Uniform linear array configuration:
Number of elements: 64
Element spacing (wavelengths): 0.5
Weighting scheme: hann
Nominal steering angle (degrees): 15
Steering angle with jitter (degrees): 13.779
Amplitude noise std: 0.05
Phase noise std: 0.05

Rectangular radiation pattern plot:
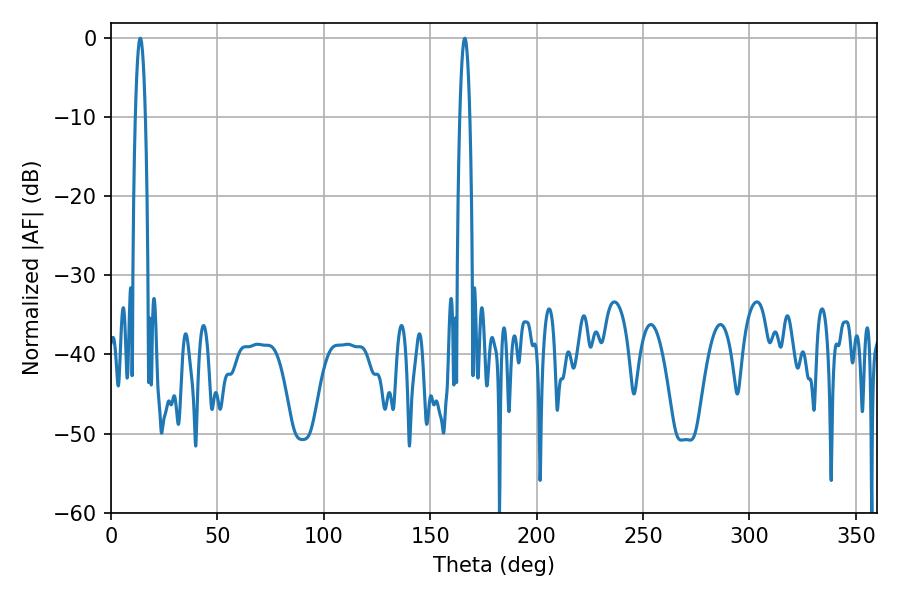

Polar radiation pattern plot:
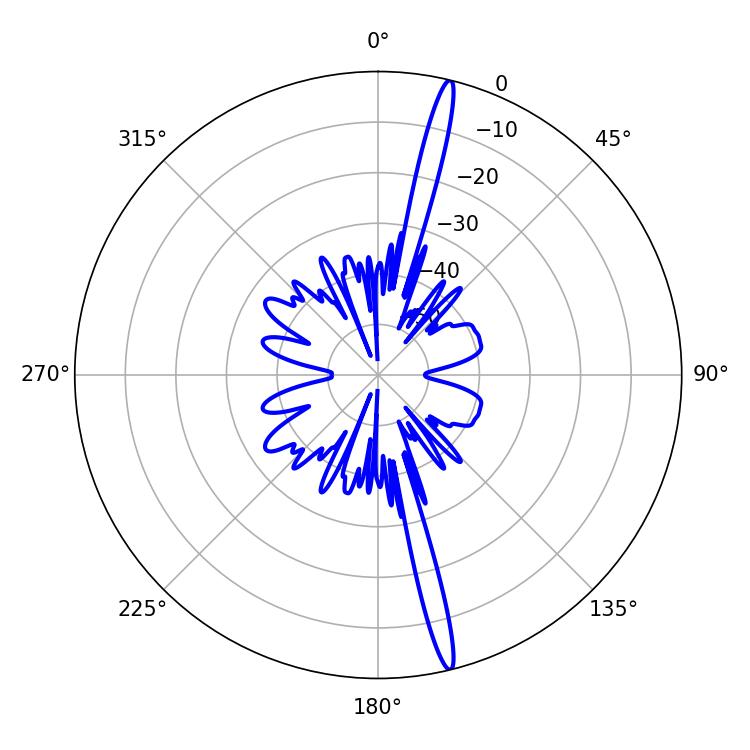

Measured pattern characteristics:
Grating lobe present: FALSE
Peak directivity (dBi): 19.321
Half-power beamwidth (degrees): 2.7
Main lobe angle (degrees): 13.68